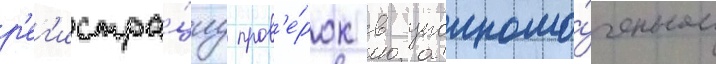
р'ег'истра́циу пров'е́рок в уполномо́ченном